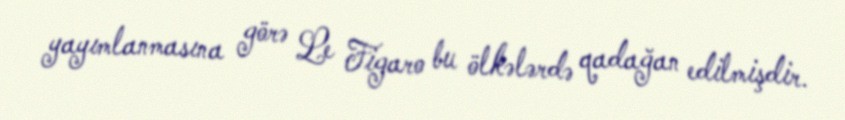
yayımlanmasına görə Le Figaro bu ölkələrdə qadağan edilmişdir.